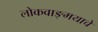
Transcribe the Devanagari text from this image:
लोकवाङ्‌मयाचे